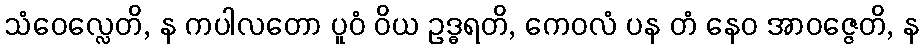
သံဝေလ္လေတိ, န ကပါလတော ပူဝံ ဝိယ ဥဒ္ဓရတိ, ကေဝလံ ပန တံ နေဝ အာဝဇ္ဇေတိ, န